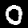
Label: 0